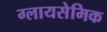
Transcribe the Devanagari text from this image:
ग्लायसेमिक